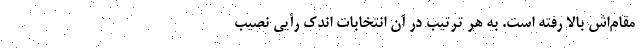
مقام‌اش بالا رفته است. به هر ترتیب در آن انتخابات اندک رأیی نصیب